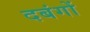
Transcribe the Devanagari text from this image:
दबंगों